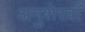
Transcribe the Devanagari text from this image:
अनुशेरवाँ